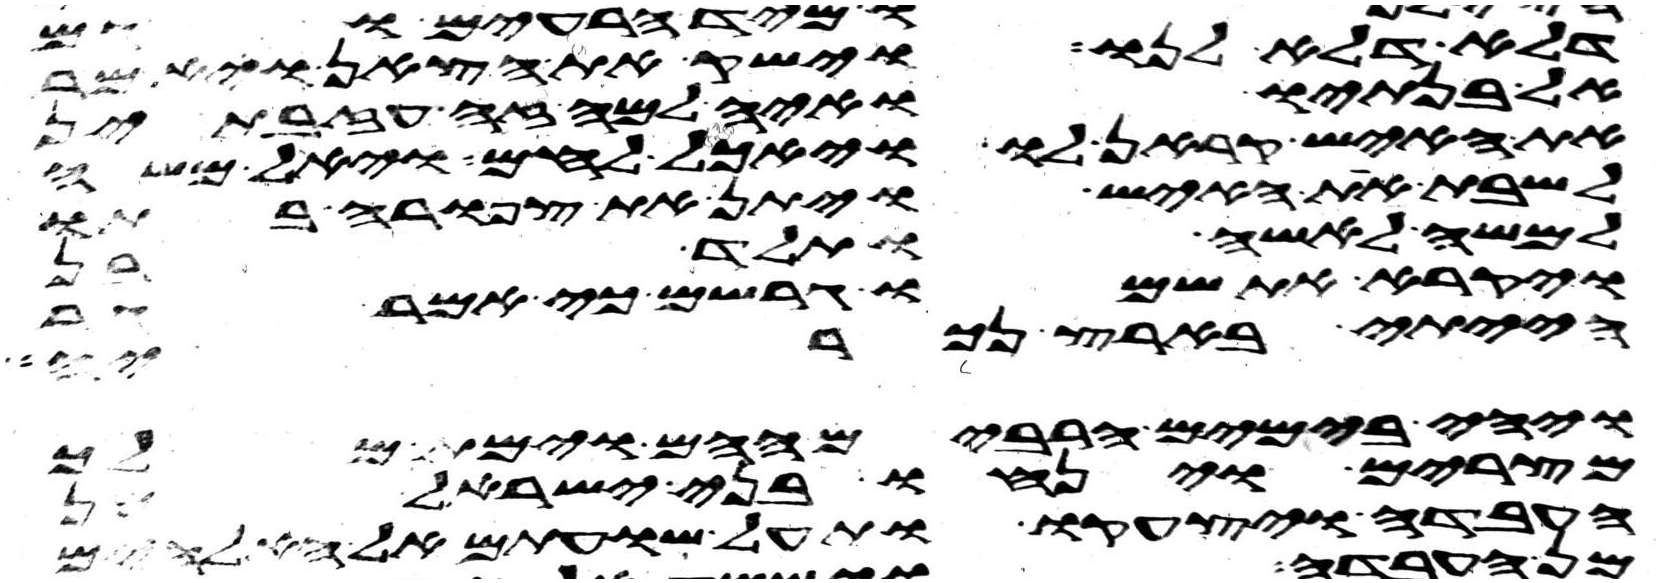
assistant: דלא דלא לנו וישק את הצאן ויאמר
אל בנתיו ואיה למה זה עזבתן
את האיש קראן לו ויאכל לחם ויאל משה
לשבת את האיש ויתן את צפורה בתו
למשה לאשה ותלד בן
ויקרא את שמו גרשם כי אמר גר
הייתי בארץ נכריה
ויהי בימים הרבים ההם וימת מלך
מצרים וינחו בני ישראל מן
העבדה ויצעקו ותעל שועתם אל האלהים